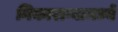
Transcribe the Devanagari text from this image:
निकाराग्वामध्ये